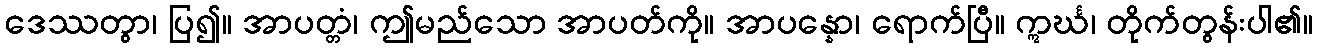
ဒေဿတွာ၊ ပြ၍။ အာပတ္တံ၊ ဤမည်သော အာပတ်ကို။ အာပန္နော၊ ရောက်ပြီ။ ဣင်္ဃ၊ တိုက်တွန်းပါ၏။